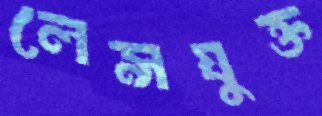
লেন্সযুক্ত